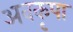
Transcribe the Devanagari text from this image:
अवकृपा